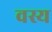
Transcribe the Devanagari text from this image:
वस्य